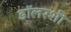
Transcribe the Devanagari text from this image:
डॉलरशी